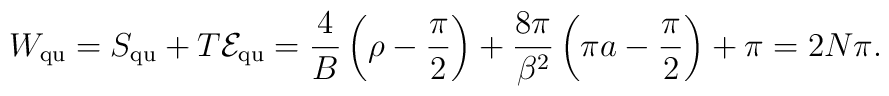
W_{\rm qu}=S_{\rm qu}+T{\cal E}_{\rm qu}= \frac{4}{ B} \left(\rho -\frac{\pi }{2}\right) +\frac{8\pi}{\beta^2}\left(\pi a- \frac{\pi}{ 2}\right)+\pi=2N\pi .